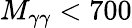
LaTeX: M_{\gamma\gamma}<700